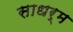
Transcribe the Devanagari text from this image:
साधर्म